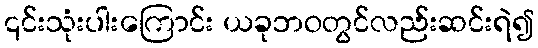
၎င်းသုံးပါးကြောင်း ယခုဘဝတွင်လည်းဆင်းရဲ၍